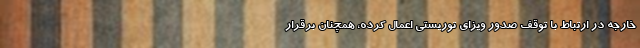
خارجه در ارتباط با توقف صدور ویزای توریستی اعمال کرده، همچنان برقرار